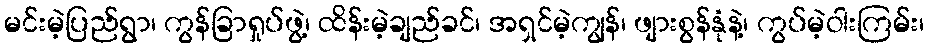
မင်းမဲ့ပြည်ရွာ၊ ကွန်ခြာရှုပ်ဖွဲ့၊ ထိန်းမဲ့ချည်ခင်၊ အရှင်မဲ့ကျွန်၊ ဖျားစွန်နုံနဲ့၊ ကွပ်မဲ့ဝါးကြမ်း၊